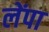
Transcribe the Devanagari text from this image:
लेंपा